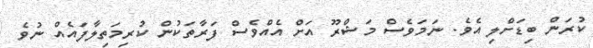
ކުރަން ބިޑަށްލި އެވެ. ނަމަވެސް މަޝްރޫ އަށް އެއްވެސް ފަރާތަކުން ކުރިމަތިލާފައެއް ނުވެ